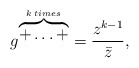
\begin{align*}g^{\overbrace{+ \ldots +}^{k \: times}}= \frac{z^{k-1}}{\bar{z}} ,\end{align*}